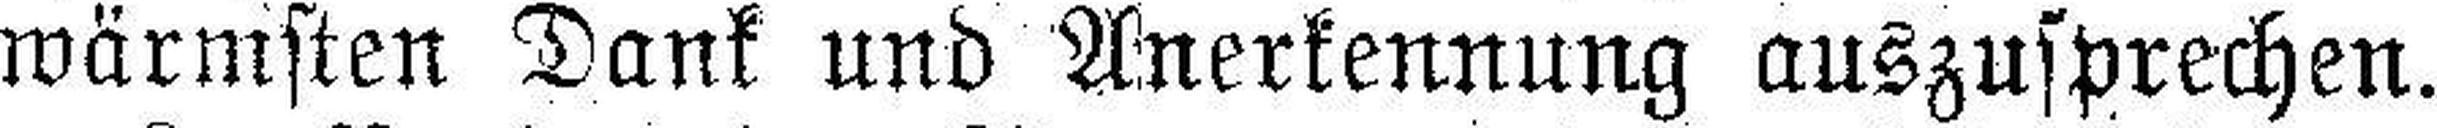
wärmsten Dank und Anerkennung auszusprechen.